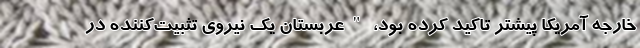
خارجه آمریکا پیشتر تاکید کرده بود، "عربستان یک نیروی تثبیت‌کننده در